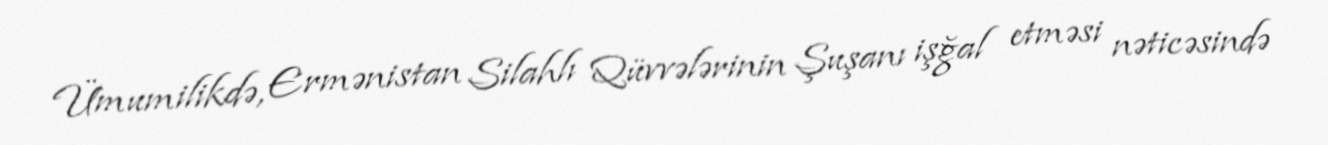
Ümumilikdə, Ermənistan Silahlı Qüvvələrinin Şuşanı işğal etməsi nəticəsində